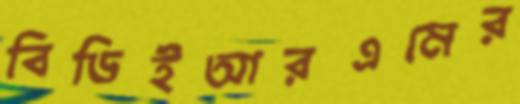
বিডিইআরএমের